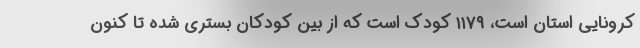
کرونایی استان است، ۱۱۷۹ کودک است که از بین کودکان بستری شده تا کنون